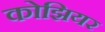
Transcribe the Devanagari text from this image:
कोझियर